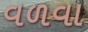
વળવા